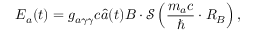
{ \boldsymbol E } _ { a } ( t ) = g _ { a \gamma \gamma } c \hat { a } ( t ) { \boldsymbol B } \cdot \mathcal S \left( \frac { m _ { a } c } { \hbar } \cdot R _ { B } \right) ,